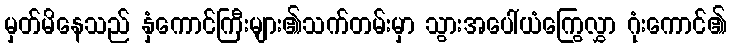
မှတ်မိနေသည် နှံကောင်ကြီးများ၏သက်တမ်းမှာ သွားအပေါ်ယံကြွေလွှာ ဂုံးကောင်၏